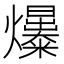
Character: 𤒺